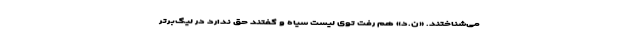
می‌شناختند. «ن.د» هم رفت توی لیست سیاه و گفتند حق ندارد در لیگ‌برتر